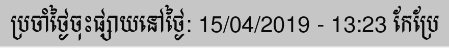
ប្រចាំថ្ងៃចុះផ្សាយនៅថ្ងៃ: 15/04/2019 - 13:23 កែប្រែ